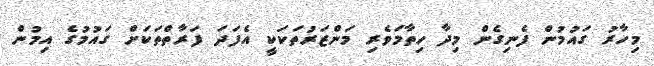
މިހާރު ގައުމުން ފެނިގެން މިދާ ހިތާމަވެރި މަންޒަރުތަކަކީ އެފަދަ ފަރާތްތަކަށް ގައުމުގެ އިމުން